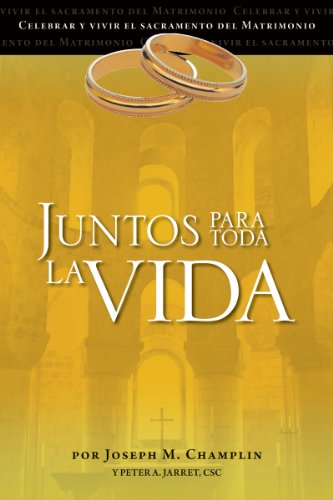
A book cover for Juntos para toda la vida: Una preparaciÃ³n para la celebraciÃ³n del matrimonio (Celebrar Y Vivir El Sacramento Del Matrimonio) (Spanish Edition); Father Joseph Champlin; Christian Books & Bibles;